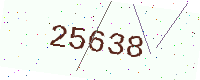
Text: 25638